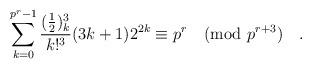
LaTeX: \begin{align*}\sum_{k=0}^{p^r-1} \frac{(\frac{1}{2})_k^3}{k!^3}(3k+1)2^{2k} &\equiv p^r\pmod{p^{r+3}}\quad. \end{align*}